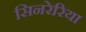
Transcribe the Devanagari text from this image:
सिनरेरिया